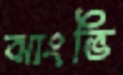
ঝাংভি